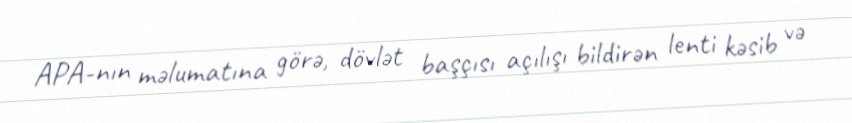
APA-nın məlumatına görə, dövlət başçısı açılışı bildirən lenti kəsib və